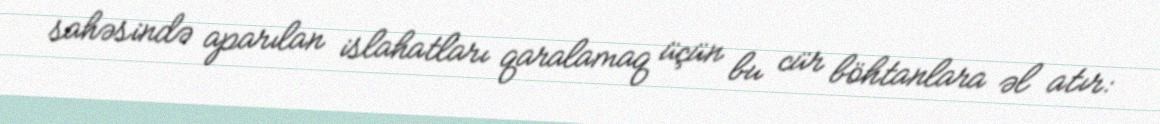
sahəsində aparılan islahatları qaralamaq üçün bu cür böhtanlara əl atır: